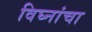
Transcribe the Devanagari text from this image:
विघ्नांचा